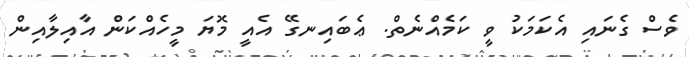
ވެސް ގެނައި އެކަމަކު ވީ ކަމެއްނެތް. ޢެބައިނގޭ އެއީ މޮޔަ މީހެއްކަން އާއިލާއިން